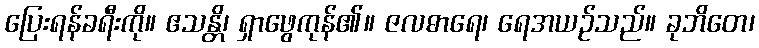
ပြေးရန်ခရီးကို။ ဧသန္တိ၊ ရှာဖွေကုန်၏။ ဇလဓာရေ၊ ရေအယဉ်သည်။ ခုဘိတေ၊